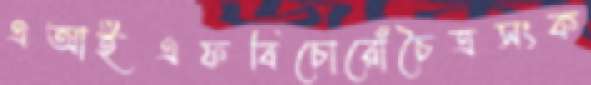
এআইএফবিচোরোঁচৈত্রসংক